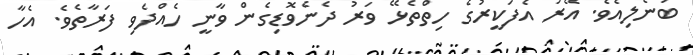
ބުނެލިއެވެ. އޭރު އެފަކީރުގެ ހިތްތެޅޭ ވަރު ދެނެވޮޑިގެން ވާނީ ހެއްދެވި ފަރާތެވެ. އެހާ